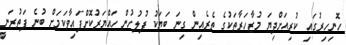
ހޮނިހިރުގައި ކުރިއަށްދިޔަ މުޒާހަރާތަކުގެ ތެރެއިން ގިނަ ބަޔަކު ފުލުހުން ހައްޔަރުކޮށްފައިވާކަމަށް ބުނެ ފަތުރަނީ